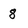
Character: 8